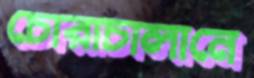
চোরাচালানে